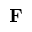
\mathbf { F }